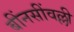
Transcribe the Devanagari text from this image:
बींनसींवल्ली